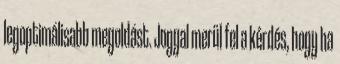
legoptimálisabb megoldást. Joggal merül fel a kérdés, hogy ha